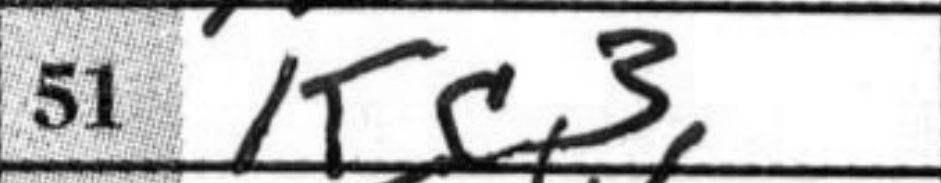
Transcription: Kc3